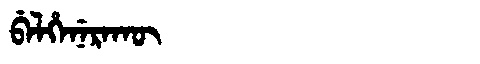
Manchu: ᠪᡝᠯᡥᡝᠨᡝᡵᠠᡴᡡ
Romanization: BELHENERAKŪ